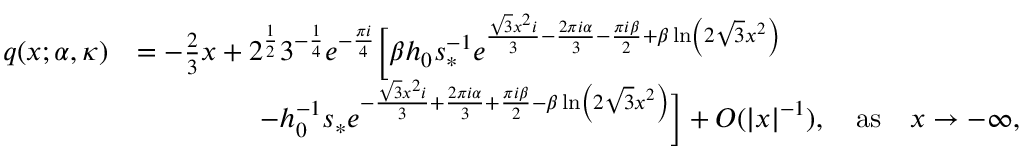
\begin{array} { r l } { q ( x ; \alpha , \kappa ) } & { = - \frac { 2 } { 3 } x + 2 ^ { \frac { 1 } { 2 } } 3 ^ { - \frac { 1 } { 4 } } e ^ { - \frac { \pi i } { 4 } } \Big [ { \beta } h _ { 0 } s _ { * } ^ { - 1 } e ^ { \frac { \sqrt { 3 } x ^ { 2 } i } { 3 } - \frac { 2 \pi i \alpha } { 3 } - \frac { \pi i { \beta } } { 2 } + { \beta } \ln \left( 2 \sqrt { 3 } x ^ { 2 } \right) } } \\ & { \qquad \qquad \ - h _ { 0 } ^ { - 1 } s _ { * } e ^ { - \frac { \sqrt { 3 } x ^ { 2 } i } { 3 } + \frac { 2 \pi i \alpha } { 3 } + \frac { \pi i { \beta } } { 2 } - { \beta } \ln \left( 2 \sqrt { 3 } x ^ { 2 } \right) } \Big ] + O ( | x | ^ { - 1 } ) , \quad \mathrm { a s } \quad x \rightarrow - \infty , } \end{array}